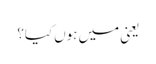
یعنی میں ہوں کیا؟